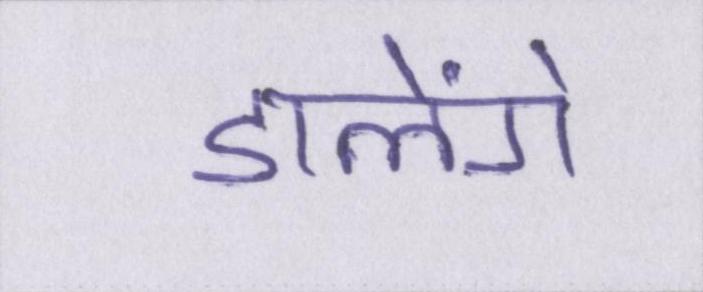
डालेंगे